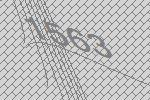
1563